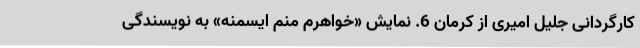
کارگردانی جلیل امیری از کرمان 6. نمایش «خواهرم منم ایسمنه» به نویسندگی